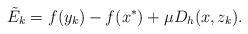
LaTeX: \begin{align*}\tilde E_k = f(y_k) - f(x^\ast) + \mu D_h(x, z_k).\end{align*}